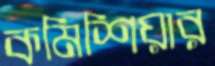
কমিশিয়ার